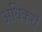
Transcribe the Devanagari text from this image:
अधिकरॉ